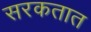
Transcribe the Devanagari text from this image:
सरकतात